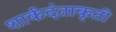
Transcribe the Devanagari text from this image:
शार्कदंताकृती